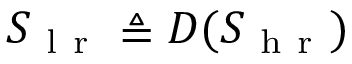
S _ { \mathrm { ~ l ~ r ~ } } \triangleq D ( S _ { \mathrm { ~ h ~ r ~ } } )